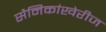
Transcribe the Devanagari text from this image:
सैनिकांखेरीज